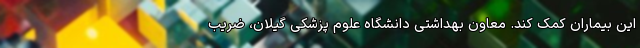
این بیماران کمک کند. معاون بهداشتی دانشگاه علوم پزشکی گیلان، ضریب